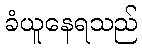
ခံယူနေရသည်